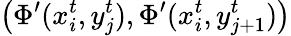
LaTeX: \left(\Phi^{\prime}(x_{i}^{t},y_{j}^{t}),\Phi^{\prime}(x_{i}^{t},y_{j+1}^{t})\right)